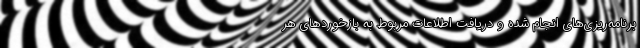
برنامه‌ریزی‌های انجام شده و دریافت اطلاعات مربوط به بازخوردهای هر